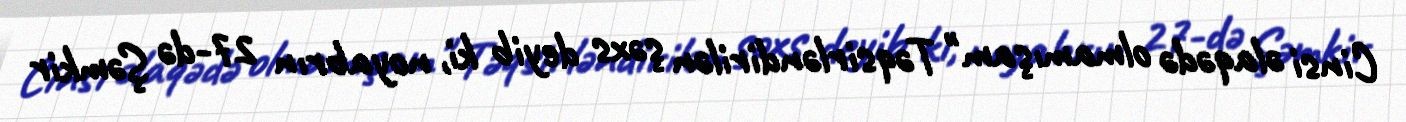
Cinsi əlaqədə olmamışam" Təqsirləndirilən şəxs deyib ki, noyabrın 27-də Şəmkir